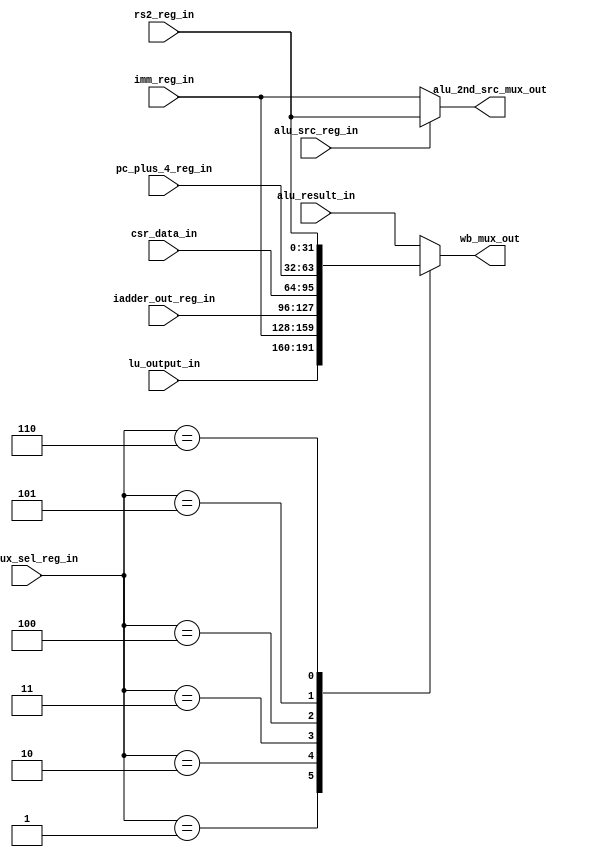
`timescale 1ns / 1ps
//////////////////////////////////////////////////////////////////////////////////
// Company: 
// Engineer: 
// 
// Design Name: 
// Module Name: msrv32_wb_mux_sel_unit
// Project Name: 
// Target Devices: 
// Tool Versions: 
// Description: 
// 
// Dependencies: 
// 
// Revision:
// Revision 0.01 - File Created
// Additional Comments:
// 
//////////////////////////////////////////////////////////////////////////////////


module msrv32_wb_mux_sel_unit(alu_src_reg_in ,wb_mux_sel_reg_in , alu_result_in, lu_output_in , imm_reg_in, iadder_out_reg_in, csr_data_in, pc_plus_4_reg_in, rs2_reg_in, wb_mux_out, alu_2nd_src_mux_out);
input alu_src_reg_in;
input [2:0]wb_mux_sel_reg_in;
input [31:0] alu_result_in;
input [31:0] lu_output_in;
input [31:0] imm_reg_in;
input [31:0] iadder_out_reg_in;
input [31:0] csr_data_in;
input [31:0] pc_plus_4_reg_in;
input [31:0] rs2_reg_in;
output reg [31:0] wb_mux_out;
output [31:0] alu_2nd_src_mux_out;
assign alu_2nd_src_mux_out = (alu_src_reg_in) ? rs2_reg_in : imm_reg_in;
always  @(*)
begin
    case(wb_mux_sel_reg_in)
        3'b000: wb_mux_out = alu_result_in;
        3'b001: wb_mux_out = lu_output_in;
        3'b010: wb_mux_out = imm_reg_in;
        3'b011: wb_mux_out = iadder_out_reg_in;
        3'b100: wb_mux_out = csr_data_in;
        3'b101: wb_mux_out = pc_plus_4_reg_in;
        3'b110: wb_mux_out = rs2_reg_in;
        default: wb_mux_out = alu_result_in;
    endcase
end



endmodule